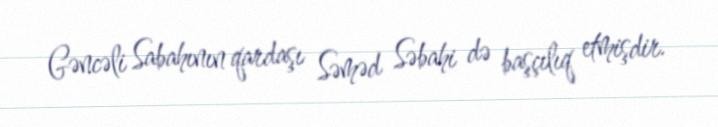
Gəncəli Sabahının qardaşı Səməd Səbahi də başçılıq etmişdir.